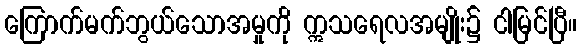
ကြောက်မက်ဘွယ်သောအမှုကို ဣသရေလအမျိုး၌ ငါမြင်ပြီ။